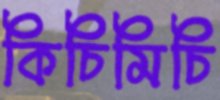
কিচিমিচি